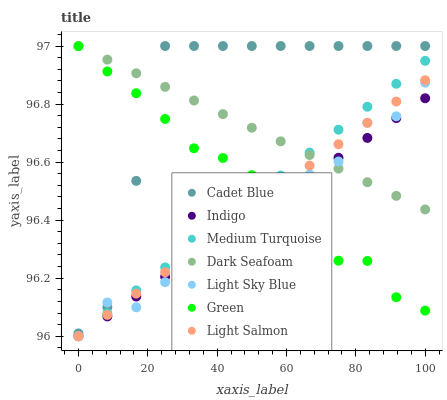
| xaxis_label | Cadet Blue | Indigo | Medium Turquoise | Dark Seafoam | Light Sky Blue | Green | Light Salmon |
 | --- | --- | --- | --- | --- | --- | --- | --- |
 | 0 | 96 | 96 | 96 | 97 | 96 | 97 | 96 |
 | 8.33 | 96.1 | 96.1 | 96.1 | 97 | 96.1 | 96.9 | 96.1 |
 | 16.7 | 96.5 | 96.1 | 96.2 | 96.9 | 96.1 | 96.8 | 96.1 |
 | 25 | 97 | 96.2 | 96.2 | 96.9 | 96.2 | 96.7 | 96.2 |
 | 33.3 | 97 | 96.3 | 96.3 | 96.8 | 96.3 | 96.6 | 96.3 |
 | 41.7 | 97 | 96.3 | 96.4 | 96.8 | 96.4 | 96.6 | 96.4 |
 | 50 | 97 | 96.4 | 96.5 | 96.7 | 96.5 | 96.6 | 96.4 |
 | 58.3 | 97 | 96.5 | 96.6 | 96.7 | 96.5 | 96.4 | 96.5 |
 | 66.7 | 97 | 96.5 | 96.6 | 96.6 | 96.6 | 96.4 | 96.6 |
 | 75 | 97 | 96.6 | 96.7 | 96.6 | 96.6 | 96.3 | 96.7 |
 | 83.3 | 97 | 96.7 | 96.8 | 96.5 | 96.7 | 96.3 | 96.7 |
 | 91.7 | 97 | 96.8 | 96.9 | 96.5 | 96.8 | 96.1 | 96.8 |
 | 100 | 97 | 96.8 | 96.9 | 96.4 | 96.9 | 96.1 | 96.9 |